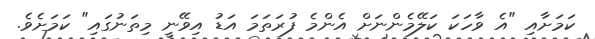
ކަމަށާއި "އެ ވާހަކަ ކަލޭމެންނަށް އެންމެ ފުރަތަމަ އަޑު އިވޭނީ މިތަނުގައި" ކަމަށެވެ.